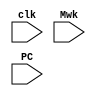
module Debug(
    input clk,
    input Mwk,
    input [31:0]PC
    );
    always @(negedge clk)begin
        $display("Debug PC:%h Mwk:%h",PC,Mwk);
    end
endmodule